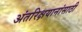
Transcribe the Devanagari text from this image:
अंतरिक्षयानांसाठी